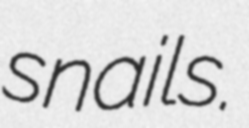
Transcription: snails.